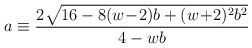
\begin{align*}a \equiv \frac{2 \sqrt{16 - 8(w\!-\!2)b + (w\!+\!2)^2 b^2}}{4-wb}\end{align*}